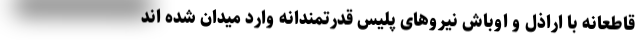
قاطعانه با اراذل و اوباش نیروهای پلیس قدرتمندانه وارد میدان شده اند